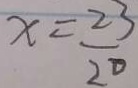
x = \frac { 2 3 } { 2 0 }